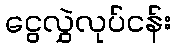
ငွေလွှဲလုပ်ငန်း